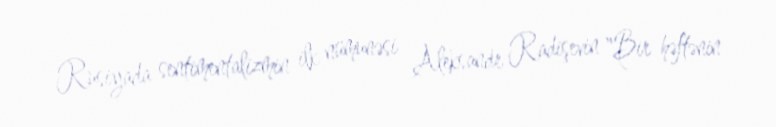
Rusiyada sentimentalizmin ilk nümunəsi Aleksandr Radişevin "Bir həftənin